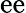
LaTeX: \mathrm{ee}